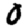
Digit: 0